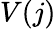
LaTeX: V(j)